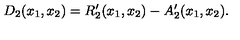
D _ { 2 } ( x _ { 1 } , x _ { 2 } ) = R _ { 2 } ^ { \prime } ( x _ { 1 } , x _ { 2 } ) - A _ { 2 } ^ { \prime } ( x _ { 1 } , x _ { 2 } ) .